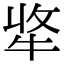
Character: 𤙘